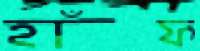
হাঁফ